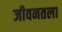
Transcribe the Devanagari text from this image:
जीवनतला